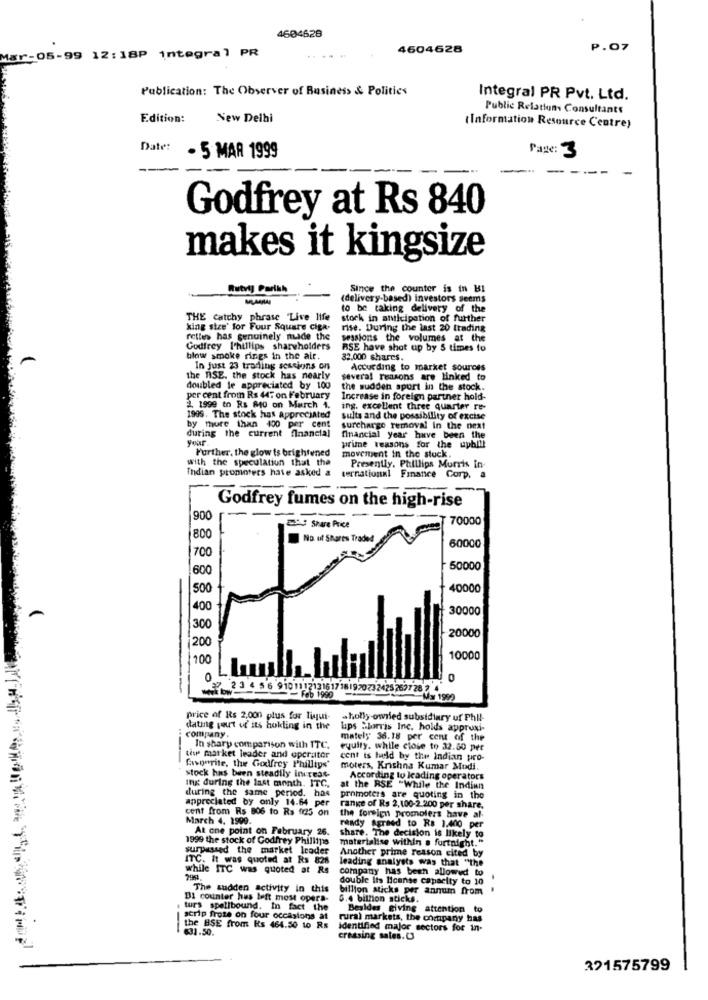
4604628
4604628
P.07
Mar-05-99 12: 18P integral PR
Publication: The Observer of Business & Politics
Integral PR Pvt. Ltd.
Public Relations Consultants
Edition:
New Delhi
(Information Resource Centre)
Date:
Page: 3
. 5 MAR 1999
Godfrey at Rs 840
makes it kingsize
Rutvyj Parikh
Since the counter is in HI
(delivery-based) investors seems
10 be taking delivery of the
THE catchy phrase 'Live life
stock in anticipation of further
king size' for Four Square ciga.
rise. During the last 20 trading
rettes has genuinely nusde the
sessions the volumes at the
Godfrey Phillips shareholders
RSE have shat up by 5 times to
blew smoke rings in the air.
32.000 shares.
In just 23 trading sessions on
According to market sources
the WISE. the stock has nearly
several reasons are linked to
doubled le appreciated by 100
the sudden sport in the stock.
per cent from Rs 447 on February
Increase in foreign partner hold-
2. 1999 to Rs 840 on March 1.
ing. excellent three quarter re-
1905. The stock has appreciated
sults and the possibility of excise
during the current financial
by thure than 400 per cent
surcharge removal In the next
your
financial year have been the
Further, the glow ts brightened
prime reasons for the uphlil
with the speculation that the
movement in the stuck.
Presently. Phillips Morris in
Indian promoters have asked a ternational Finance Corp.
Godfrey fumes on the high-rise
900
70000
2D Share Price
800
No. of Shares Traded
60000
700
600
50000
500
40000
400
30000
300
20000
200
10000
0
2 3 4 56 9101112131617
1970732425 2627 28
199)
price of Rs 2,000 plus for Tiqui-
sholly-owned subsidiary uf Phil-
dating part of its hokling in the
Lips Sharris Inc. holds appruni-
company.
mately 36.18 per cent of the
In sharp comparison with ITC.
equity. while close to 32.50 per
tiwe market leader and operator
cent is held by the Indian pro-
Gionrite, the Godfrey Phillips'
moters, Krishna Kumar Modi.
Ing during the last month. ITC,
stock has been steadily increas
According to leading operators
during the same period. has
at the RSE "While the Indian
appreciated by only 14.64 per
promoters are quoting in the
cent from Rs 806 to Rs f225 on
range of Rs 2,100-2.200 per share.
March 4, 1999.
the foreign promoters have al-
At one point on February 26.
ready Agreed to Rs 1.400 per
1999 the stock of Godfrey Phillips
share. The decision is likely to
materialise within a fortnight."
surpassed the market leader
Another prime reason cited by
ITC. It was quoted at Rs 828
leading analysts was that "the
while ITC was quoted at Rs
company has been allowed to
double Its license capacity to 10
The sudden activity in this
billion sticks per annum from
BI counter has left most opera-
6.4 billion sticks.
turs spellbound. In fact the
Besides giving attention to
scrip froze on four occasions at
rural markets, the company has
the BSE from Rs 464.50 1o Rs
631.50.
identified major sectors for in-
crossing sales.C3
321575799